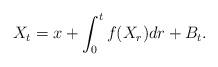
LaTeX: \begin{align*} X_t = x + \int_0^t f(X_r) dr + B_t.\end{align*}